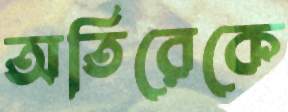
অতিরেকে